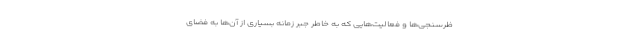
ظرسنجی‌ها و فعالیت‌هایی که به خاطر جبر زمانه بسیاری از آن‌ها به فضای